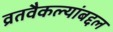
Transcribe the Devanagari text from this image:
व्रतवैकल्यांबद्दल